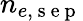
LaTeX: n_{e,\mathrm{~s~e~p~}}